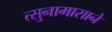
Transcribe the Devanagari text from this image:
त्सुनामासाने